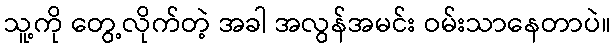
သူ့ကို တွေ့လိုက်တဲ့ အခါ အလွန်အမင်း ဝမ်းသာနေတာပဲ။